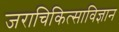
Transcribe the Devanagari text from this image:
जराचिकित्साविज्ञान